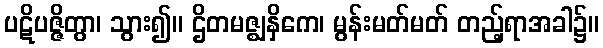
ပဋိပဇ္ဇိတွာ၊ သွား၍။ ဌိတမဇ္ဈနှိကေ၊ မွန်းမတ်မတ် တည့်ရာအခါ၌။